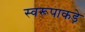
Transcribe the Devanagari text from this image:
स्वरूपाकड़े